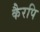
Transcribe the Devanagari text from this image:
कैरपि